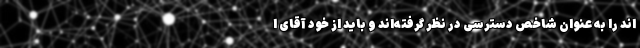
اند را به عنوان شاخص دسترسی در نظر گرفته‌اند و باید از خود آقای ا